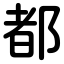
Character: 都